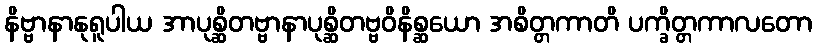
နိဗ္ဗာနာနုရူပါယ အာပုစ္ဆိတဗ္ဗာနာပုစ္ဆိတဗ္ဗဝိနိစ္ဆယော အစိတ္တကာတိ ပက္ခိတ္တကာလတော